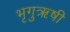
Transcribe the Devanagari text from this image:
भृगुऋषी